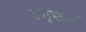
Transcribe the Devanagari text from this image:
उडुकाई